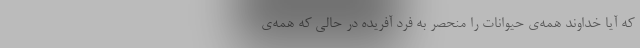
که آیا خداوند همه‌ی حیوانات را منحصر به فرد آفریده در حالی که همه‌ی